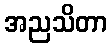
အညသိတာ